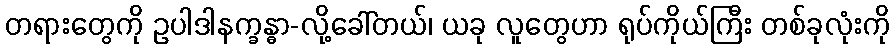
တရားတွေကို ဥပါဒါနက္ခန္ဓာ-လို့ခေါ်တယ်၊ ယခု လူတွေဟာ ရုပ်ကိုယ်ကြီး တစ်ခုလုံးကို